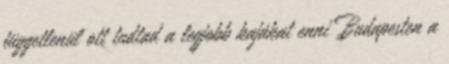
függetlenül ott tudtad a legjobb kajákat enni Budapesten a